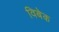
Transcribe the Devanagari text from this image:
विबेक